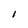
Character: l